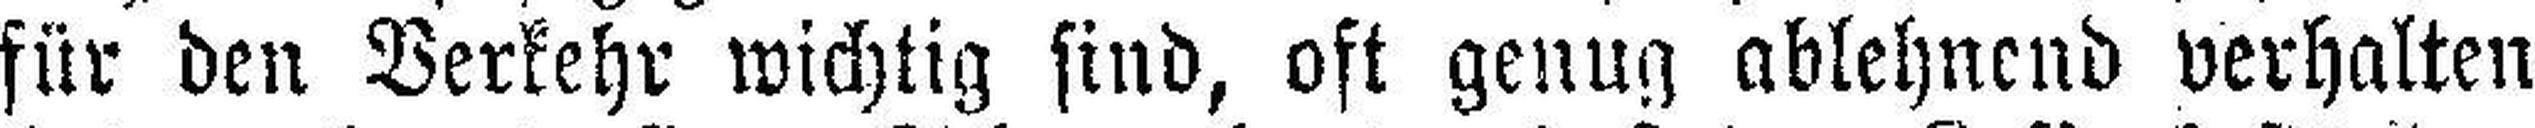
für den Verkehr wichtig sind, oft genug ablehnend verhalten